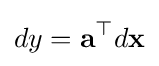
dy=\mathbf {a} ^{\top }d\mathbf {x}